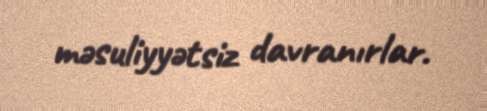
məsuliyyətsiz davranırlar.